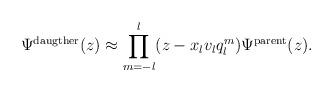
LaTeX: \begin{align*}\Psi^{\rm daugther}(z)\approx\prod_{m=-l}^{l}(z-x_lv_l q_{l}^m)\Psi^{\rm parent}(z).\end{align*}